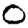
Digit: 0